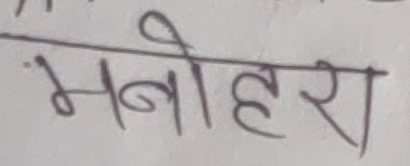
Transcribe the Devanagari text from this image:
मनोहरा